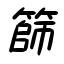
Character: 篩